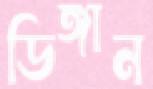
ডিঙ্গান